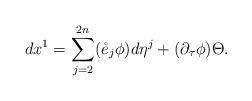
LaTeX: \begin{align*}dx^{1}=\sum_{j=2}^{2n}(\mathring{e}_{j}\phi )d\eta ^{j}+(\partial _{\tau}\phi )\Theta . \end{align*}